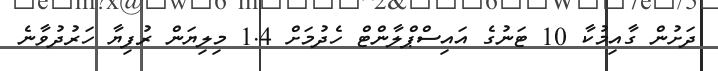
ދަށުން ގާއިމުކާ 10 ޓަނުގެ އައިސްޕްލާންޓް ހެދުމަށް 1.4 މިލިޔަން ރުފިޔާ ހަރުދުވާނެ